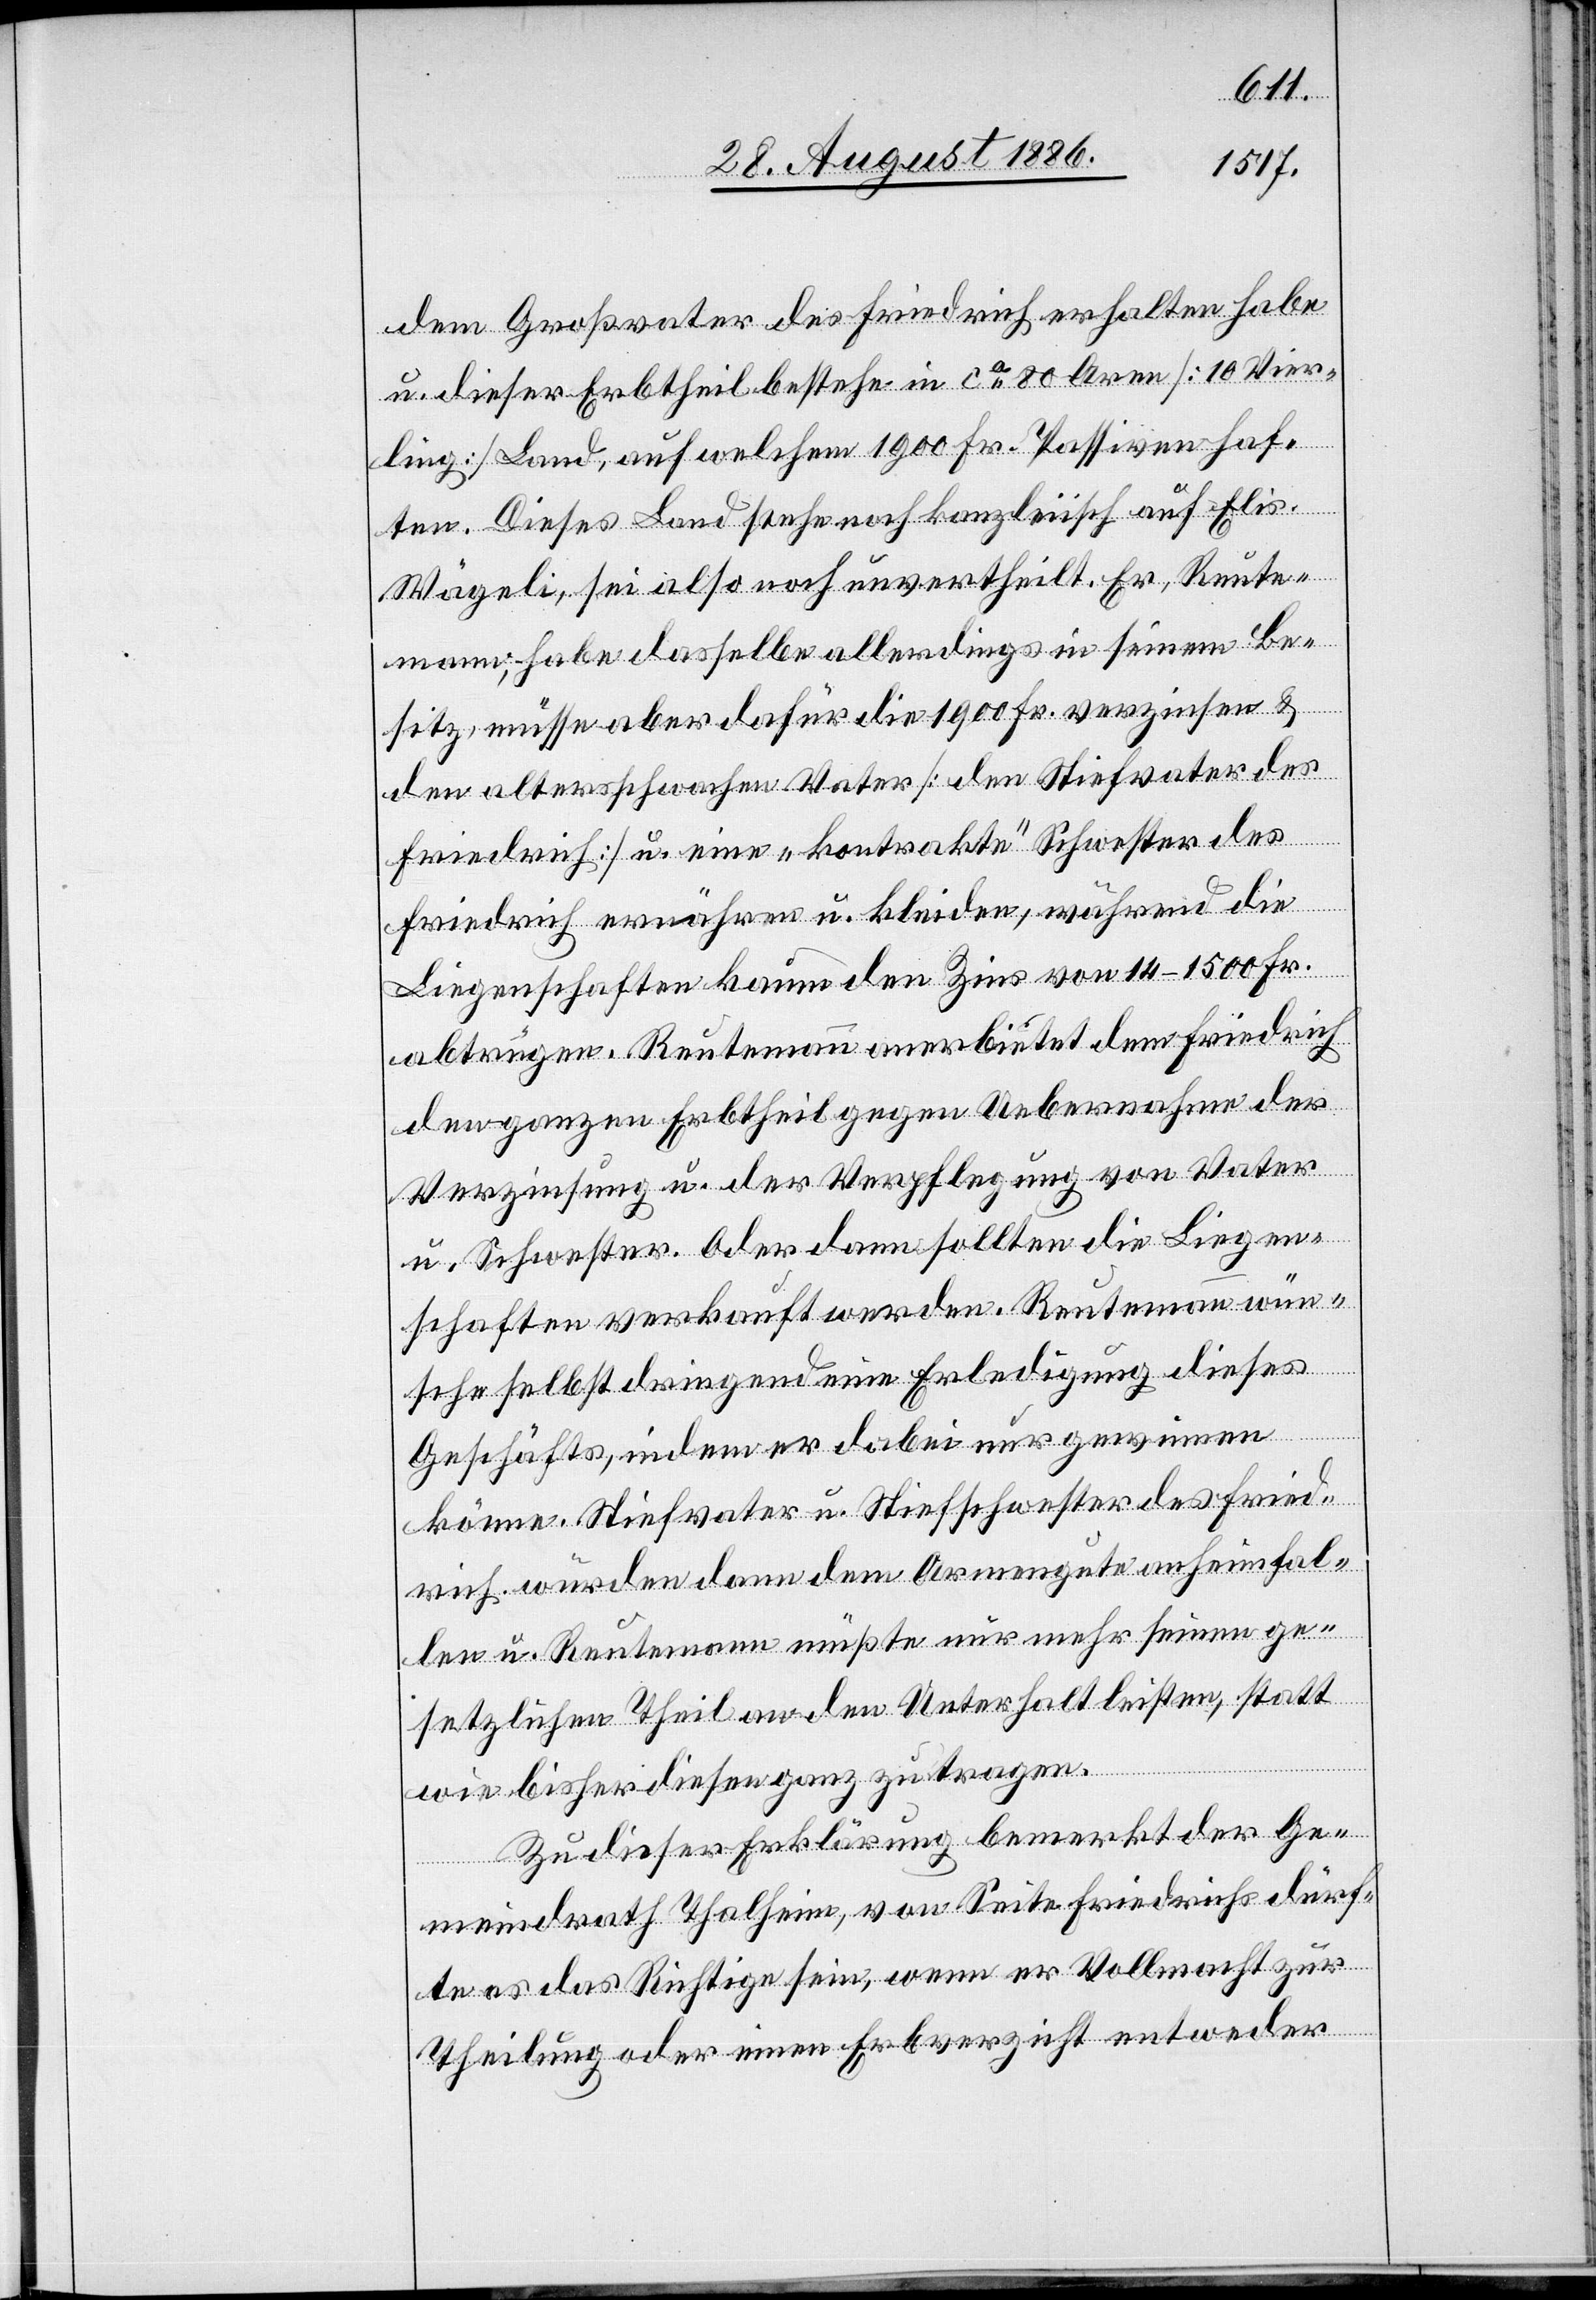
dem Großvater des Friedrich erhalten habe
u. dieser Erbtheil bestehe in ca 80 Aren [10 Vier¬
ling] Land, auf welchem 1900 Fr. Passiven haf¬
ten. Dieses Land stehe noch kanzleiisch auf Elis.
Wägeli, sei also noch unvertheilt. Er, Reute¬
mann, habe dasselbe allerdings in seinem Be¬
sitz, müsse aber dafür die 1900 Fr verzinsen &
den altersschwachen Vater [den Stiefvater des
Friedrich] u. eine „kontrakte“ Schwester des
Friedrich ernähren u. kleiden, während die
Liegenschaften kaum den Zins von 14–1500 Fr.
abtrugen. Reutemann anerbietet dem Friedrich
den ganzen Erbtheil gegen Uebernahme der
Verzinsung u. der Verpflegung von Vater
u. Schwester. Oder dann sollten die Liegen¬
schaften verkauft werden. Reutemann wün¬
sche selbst dringend eine Erledigung dieses
Geschäfts, indem er dabei nur gewinnen
könne. Stiefvater u. Stiefschwester des Fried¬
rich würden dann dem Armengute anheimfal¬
len u. Reutemann müßte nur mehr seinen ge¬
setzlichen Theil an den Unterhalt leisten, statt
wie bisher diesen ganz zu tragen.
Zu dieser Erklärung bemerkt der Ge¬
meindrath Thalheim, von Seite Friedrichs dürf¬
te es das Richtige sein, wenn er Vollmacht zur
Theilung oder einen Erbverzicht entweder